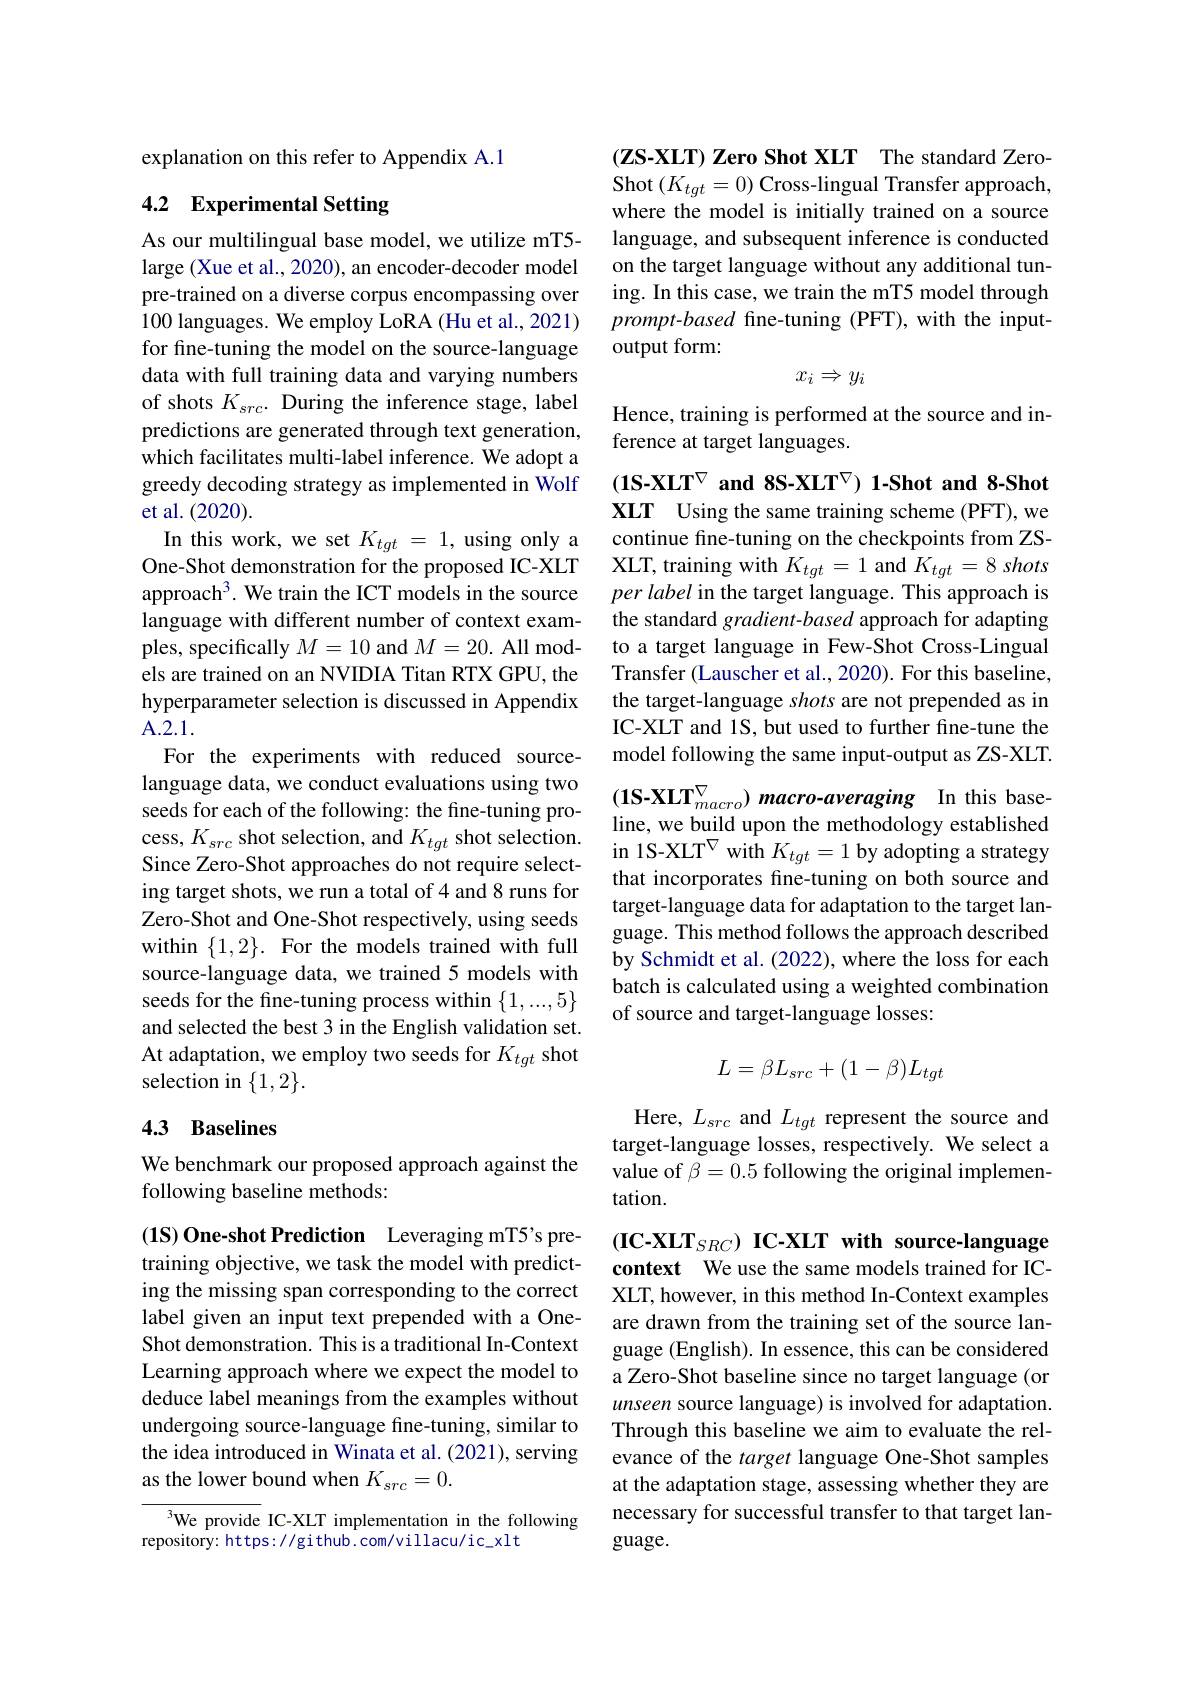
explanation on this refer to Appendix A.1

## 4.2 Experimental Setting

As our multilingual base model, we utilize mT5- large (Xue et al., 2020), an encoder-decoder model pre-trained on a diverse corpus encompassing over 100 languages. We employ LoRA (Hu et al., 2021) for fine-tuning the model on the source-language data with full training data and varying numbers of shots $K_{src}.$ During the inference stage, label predictions are generated through text generation, which facilitates multi-label inference. We adopt a greedy decoding strategy as implemented in Wolf et al.(2020).
In this work, we set $K_{tgt}=1$, using only a One-Shot demonstration for the proposed IC-XLT approach$^3.$ We train the ICT models in the source language with different number of context examples, specifically $M=10$ and $M=20.$ All models are trained on an NVIDIA Titan RTX GPU, the hyperparameter selection is discussed in Appendix A. 2. 1.
For the experiments with reduced sourcelanguage data, we conduct evaluations using two seeds for each of the following: the fine-tuning process, $K_{src}$ shot selection, and $K_{tgt}$ shot selection. Since Zero-Shot approaches do not require selecting target shots, we run a total of 4 and 8 runs for Zero-Shot and One-Shot respectively, using seeds within $\{1,2\}.$ For the models trained with full source-language data, we trained 5 models with seeds for the fine-tuning process within $\{1,...,5\}$ and selected the best 3 in the English validation set. At adaptation, we employ two seeds for $K_{tgt}$ shot selection in $\{1,2\}.$
4.3 Baselines

We benchmark our proposed approach against the
following baseline methods:

(1S)One-shot Prediction Leveraging mT5's pretraining objective, we task the model with predicting the missing span corresponding to the correct label given an input text prepended with a OneShot demonstration. This is a traditional In-Context Learning approach where we expect the model to deduce label meanings from the examples without undergoing source-language fine-tuning, similar to the idea introduced in Winata et al. (2021), serving as the lower bound when $K_src=0.$

${^{3}\text{We provide IC-XLT implementation in the following}}$
repository: https: / github. com/villacu/ic\_xlt

$( \mathbf{ZS- XLT}) \textbf{ Zero Shot XLT}$ The standard ZeroShot $(K_{tgt}=0)$ Cross-lingual Transfer approach, where the model is initially trained on a source language, and subsequent inference is conducted on the target language without any additional tuning. In this case, we train the mT5 model through prompt-based fine-tuning (PFT), with the inputoutput form:
$$x_{i}\Rightarrow y_{i}$$
Hence, training is performed at the source and in-
ference at target languages.

$(1\textbf{S-XLT}^{\nabla}$ and 8S-XLT$^{\nabla}$) 1-Shot and 8-Shot XLT Using the same training scheme (PFT),we continue fine-tuning on the checkpoints from ZSXLT, training with $K_{tgt}=1$ and $K_{tgt}= 8\textit{shots}$ $per\textit{label in the target language. This approach is}$ the standard gradient-based approach for adapting to a target language in Few-Shot Cross-Lingual Transfer (Lauscher et al., 2020). For this baseline, the target-language shots are not prepended as in IC-XLT and 1S, but used to further fine-tune the model following the same input-output as ZS-XLT. $(\mathbf{1S-XLT}_{macro}^{\nabla})$ macro-averaging In this baseline, we build upon the methodology established in 1S-XLT$^\nabla$with $K_{tgt}=1$ by adopting a strategy that incorporates fne-tuning on both source and target-language data for adaptation to the target language. This method follows the approach described by Schmidt et al. (2022), where the loss for each batch is calculated using a weighted combination of source and target-language losses:
$$L=\beta L_{src}+(1-\beta)L_{tgt}$$
Here, $L_src$ and $L_tgt$ represent the source and target-language losses, respectively. We select a value of $\beta=0.5$ following the original implementation.

(IC-XLT$_SRC) \textbf{ IC- XLT with source- language}$ context We use the same models trained for ICXLT, however, in this method In-Context examples are drawn from the training set of the source language (English). In essence, this can be considered a Zero-Shot baseline since no target language (or unseen source language) is involved for adaptation Through this baseline we aim to evaluate the relevance of the target language One-Shot samples at the adaptation stage, assessing whether they are necessary for successful transfer to that target language.